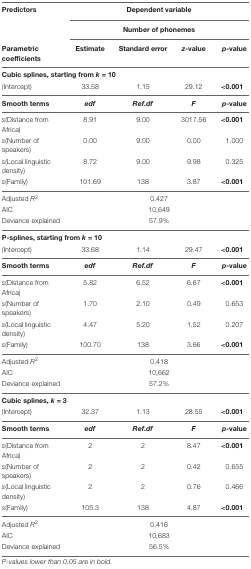
<table><thead><tr><td><b>Predictors</b></td><td colspan="4"><b>Dependent variable</b></td></tr><tr><td></td><td colspan="4"><b>Number of phonemes</b></td></tr><tr><td><b>Parametric coefficients</b></td><td><b>Estimate</b></td><td><b>Standard error</b></td><td><b><i>z</i>-value</b></td><td><b><i>p</i>-value</b></td></tr></thead><tbody><tr><td colspan="5"><b>Cubic splines, starting from <i>k</i> = 10</b></td></tr><tr><td>(Intercept)</td><td>33.58</td><td>1.15</td><td>29.12</td><td><b>&lt;0.001</b></td></tr><tr><td><b>Smooth terms</b></td><td><b><i>edf</i></b></td><td><b><i>Ref.df</i></b></td><td><b><i>F</i></b></td><td><b><i>p</i>-value</b></td></tr><tr><td><i>s</i>(Distance from Africa)</td><td>8.91</td><td>9.00</td><td>3017.56</td><td><b>&lt;0.001</b></td></tr><tr><td><i>s</i>(Number of speakers)</td><td>0.00</td><td>9.00</td><td>0.00</td><td>1.000</td></tr><tr><td><i>s</i>(Local linguistic density)</td><td>8.72</td><td>9.00</td><td>9.98</td><td>0.325</td></tr><tr><td><i>s</i>(Family)</td><td>101.69</td><td>138</td><td>3.87</td><td><b>&lt;0.001</b></td></tr><tr><td>Adjusted <i>R</i><sup>2</sup></td><td colspan="4">0.427</td></tr><tr><td>AIC</td><td colspan="4">10,649</td></tr><tr><td>Deviance explained</td><td colspan="4">57.9%</td></tr><tr><td colspan="5"><b>P-splines, starting from <i>k</i> = 10</b></td></tr><tr><td>(Intercept)</td><td>33.68</td><td>1.14</td><td>29.47</td><td><b>&lt;0.001</b></td></tr><tr><td><b>Smooth terms</b></td><td><b><i>edf</i></b></td><td><b><i>Ref.df</i></b></td><td><b><i>F</i></b></td><td><b><i>p</i>-value</b></td></tr><tr><td><i>s</i>(Distance from Africa)</td><td>5.82</td><td>6.52</td><td>6.67</td><td><b>&lt;0.001</b></td></tr><tr><td><i>s</i>(Number of speakers)</td><td>1.70</td><td>2.10</td><td>0.49</td><td>0.653</td></tr><tr><td><i>s</i>(Local linguistic density)</td><td>4.47</td><td>5.20</td><td>1.52</td><td>0.207</td></tr><tr><td><i>s</i>(Family)</td><td>100.70</td><td>138</td><td>3.66</td><td><b>&lt;0.001</b></td></tr><tr><td>Adjusted <i>R</i><sup>2</sup></td><td colspan="4">0.418</td></tr><tr><td>AIC</td><td colspan="4">10,662</td></tr><tr><td>Deviance explained</td><td colspan="4">57.2%</td></tr><tr><td colspan="5"><b>Cubic splines, <i>k</i> = 3</b></td></tr><tr><td>(Intercept)</td><td>32.37</td><td>1.13</td><td>28.55</td><td><b>&lt;0.001</b></td></tr><tr><td><b>Smooth terms</b></td><td><b><i>edf</i></b></td><td><b><i>Ref.df</i></b></td><td><b><i>F</i></b></td><td><b><i>p</i>-value</b></td></tr><tr><td><i>s</i>(Distance from Africa)</td><td>2</td><td>2</td><td>8.47</td><td><b>&lt;0.001</b></td></tr><tr><td><i>s</i>(Number of speakers)</td><td>2</td><td>2</td><td>0.42</td><td>0.655</td></tr><tr><td><i>s</i>(Local linguistic density)</td><td>2</td><td>2</td><td>0.76</td><td>0.466</td></tr><tr><td><i>s</i>(Family)</td><td>105.3</td><td>138</td><td>4.87</td><td><b>&lt;0.001</b></td></tr><tr><td>Adjusted <i>R</i><sup>2</sup></td><td colspan="4">0.416</td></tr><tr><td>AIC</td><td colspan="4">10,683</td></tr><tr><td>Deviance explained</td><td colspan="4">56.5%</td></tr></tbody></table>